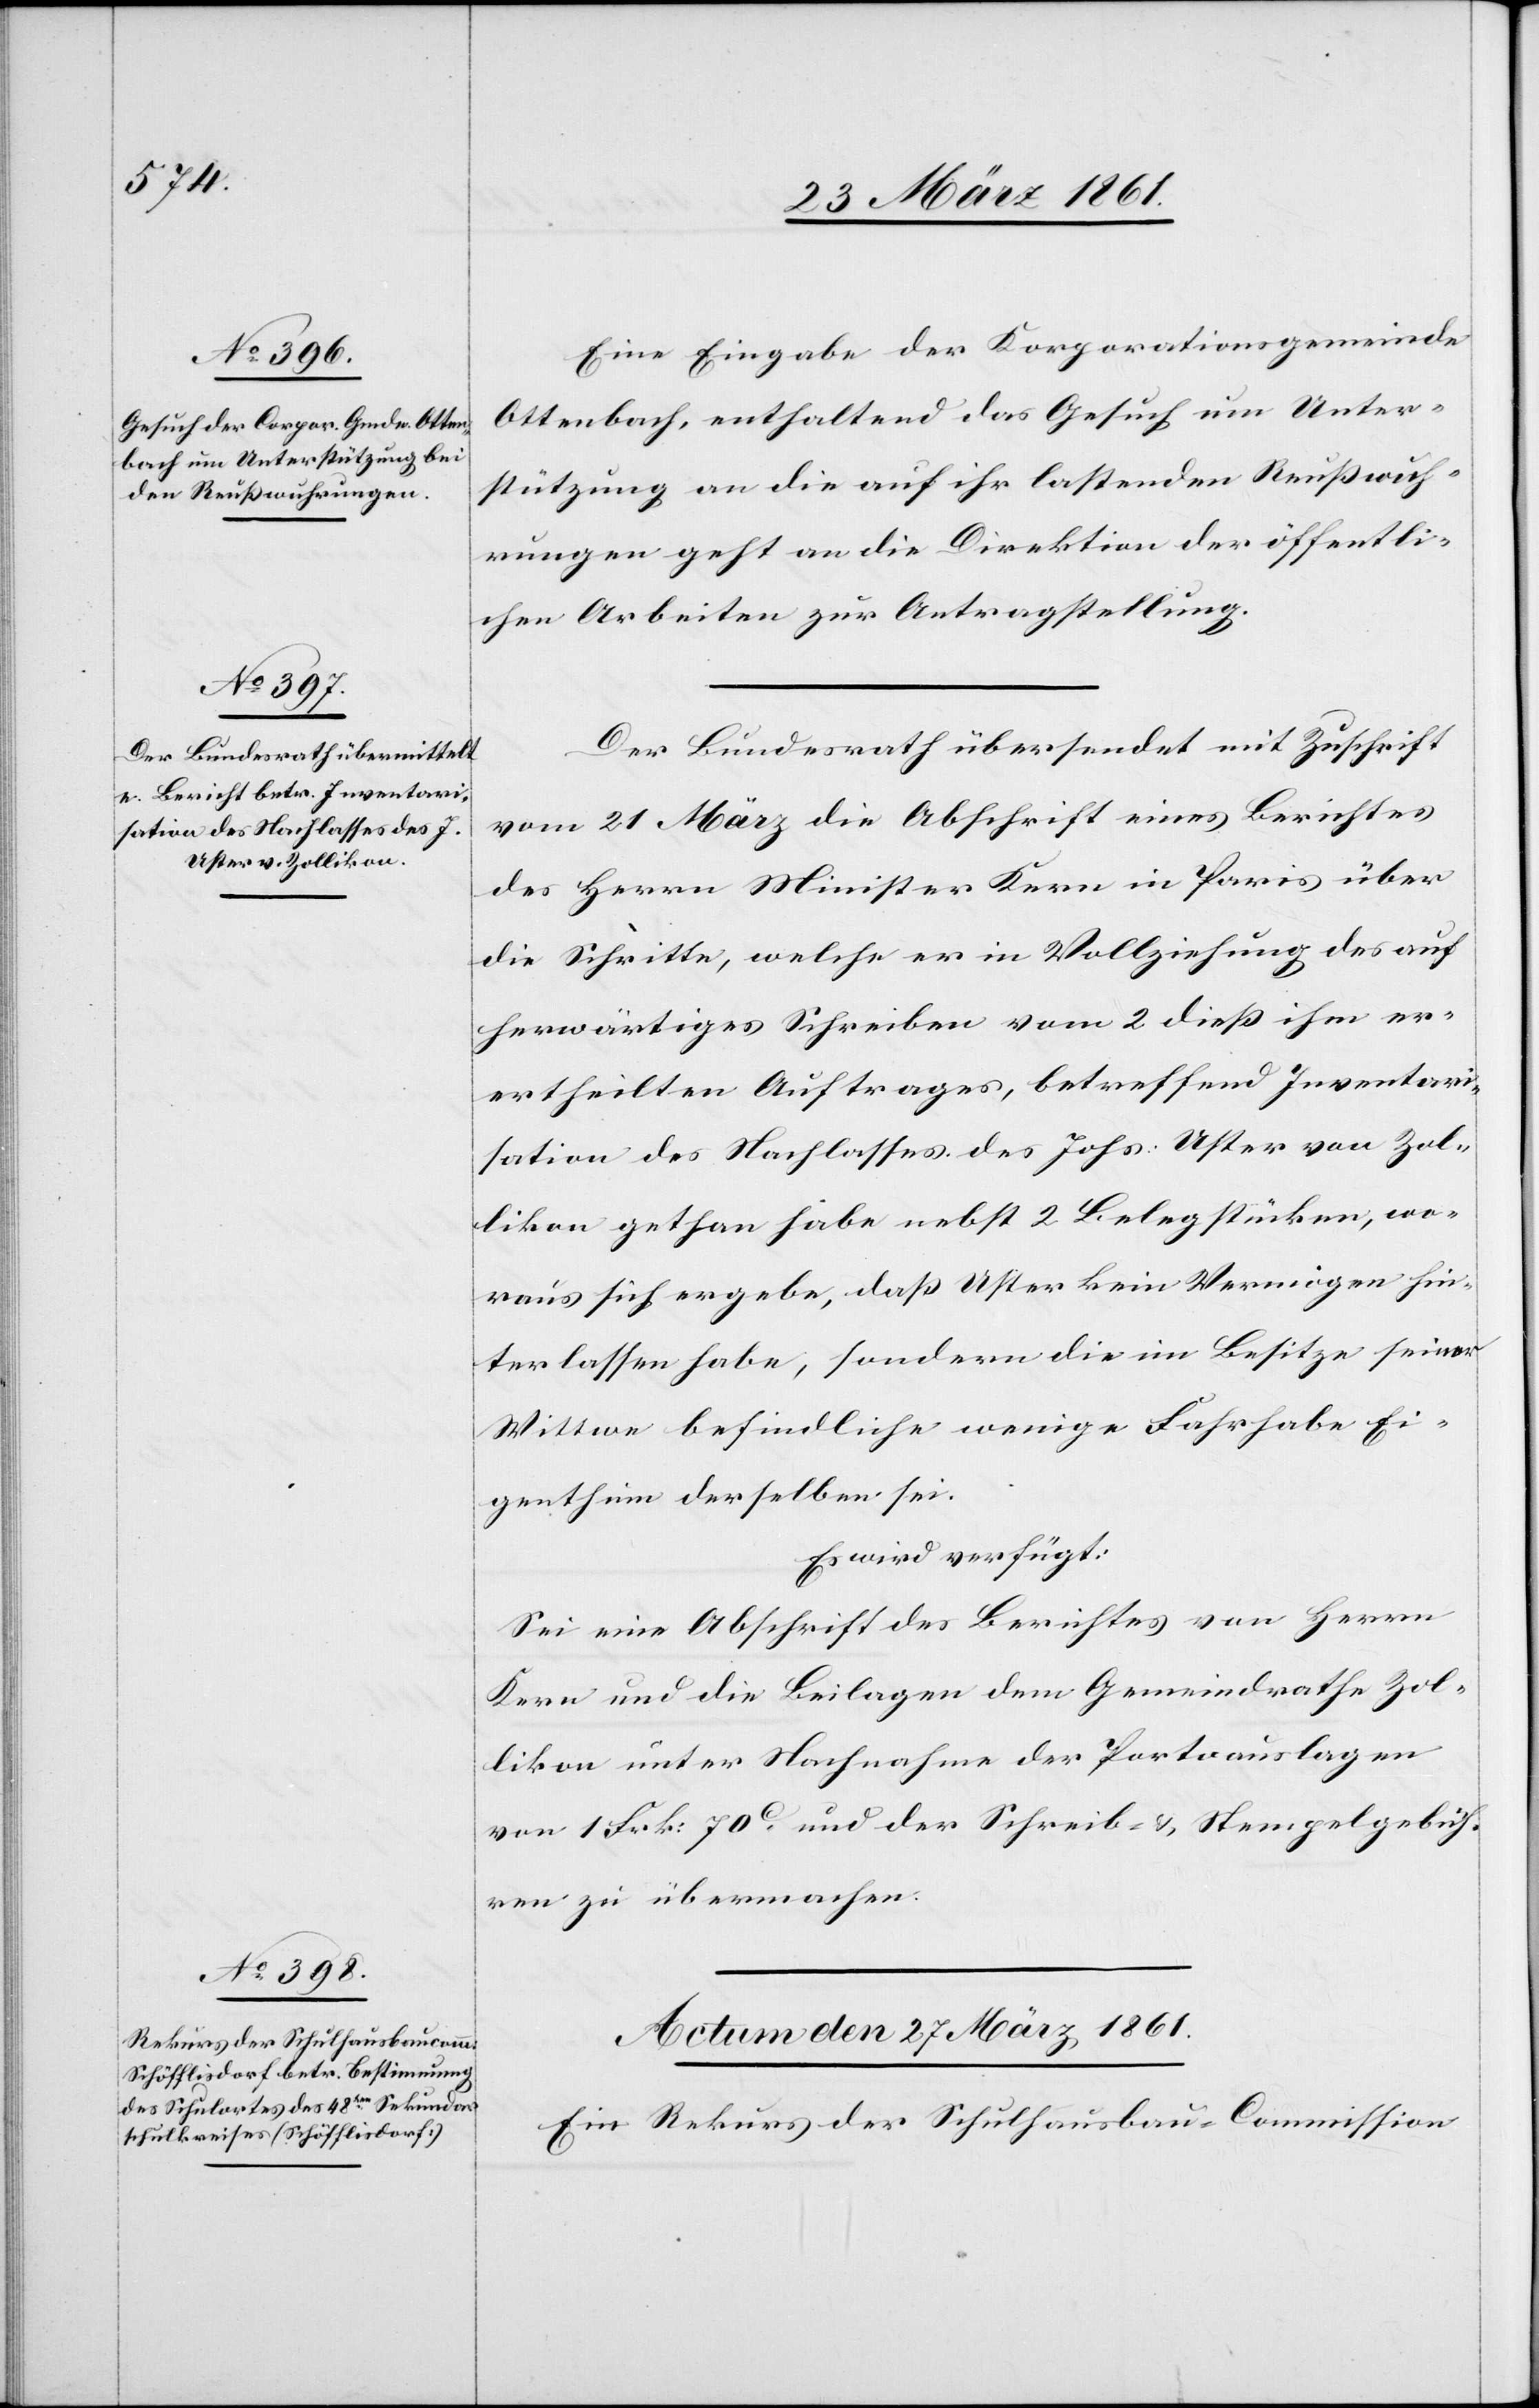
Eine Eingabe der Korporationsgemeinde
Ottenbach, enthaltend das Gesuch um Unter¬
stützung an die auf ihr lastenden Reußwuh¬
rungen geht an die Direktion der öffentli¬
chen Arbeiten zur Antragstellung.
Der Bundesrath übersendet mit Zuschrift
vom 21. März die Abschrift eines Berichtes
des Herrn Minister Kern in Paris über
die Schritte, welche er in Vollziehung des auf
herwärtiges Schreiben vom 2. dieß ihm er¬
ertheilten [sic!] Auftrages, betreffend Inventari¬
sation des Nachlasses des Johs. Uster von Zol¬
likon gethan habe nebst 2 Belegstücken, wo¬
raus sich ergebe, daß Uster kein Vermögen hin¬
terlassen habe, sondern die im Besitze seiner
Wittwe befindliche wenige Fahrhabe Ei¬
genthum derselben sei.
Es wird verfügt:
Sei eine Abschrift des Berichtes von Herrn
Kern und die Beilagen dem Gemeindrathe Zol¬
likon unter Nachnahme der Portoauslagen
von 1 Frk. 70C und der Schreib- u. Stempelgebüh¬
ren zu übermachen.
Actum den 27. März 1861.
Ein Rekurs der Schulhausbau-Commission